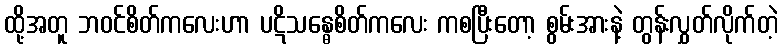
ထို့အတူ ဘဝင်စိတ်ကလေးဟာ ပဋိသန္ဓေစိတ်ကလေး ကစပြီးတော့ စွမ်းအားနဲ့ တွန်းလွှတ်လိုက်တဲ့